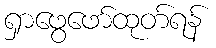
ရှာဖွေဖော်ထုတ်ရန်